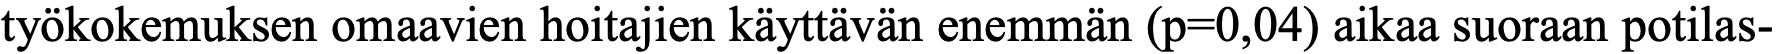
työkokemuksen omaavien hoitajien käyttävän enemmän (p=0,04) aikaa suoraan potilas-